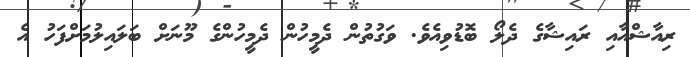
ރިއާޝްއާއި ރައިޝާގެ ދެލޯ ބޮޑުވިއެވެ. ވަގުތުން ދެމީހުން ދެމީހުންގެ މޫނަށް ބަލައިލުމަށްފަހު އެ